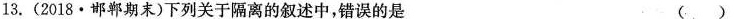
13.(2018·邯郸期末)下列关于隔离的叙述中，错误的是 ( )